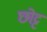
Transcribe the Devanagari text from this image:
छोट्ट